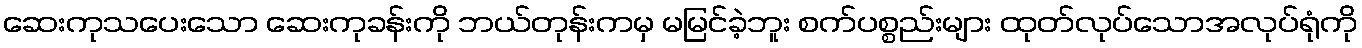
ဆေးကုသပေးသော ဆေးကုခန်းကို ဘယ်တုန်းကမှ မမြင်ခဲ့ဘူး စက်ပစ္စည်းများ ထုတ်လုပ်သောအလုပ်ရုံကို